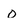
Character: O